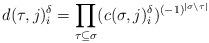
LaTeX: \begin{align*} d(\tau, j)^{\delta}_{i}=\prod_{\tau\subseteq\sigma} (c(\sigma,j)^{\delta}_{i})^{(-1)^{|\sigma\setminus \tau|}} \end{align*}